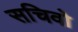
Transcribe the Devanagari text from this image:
सचिवो